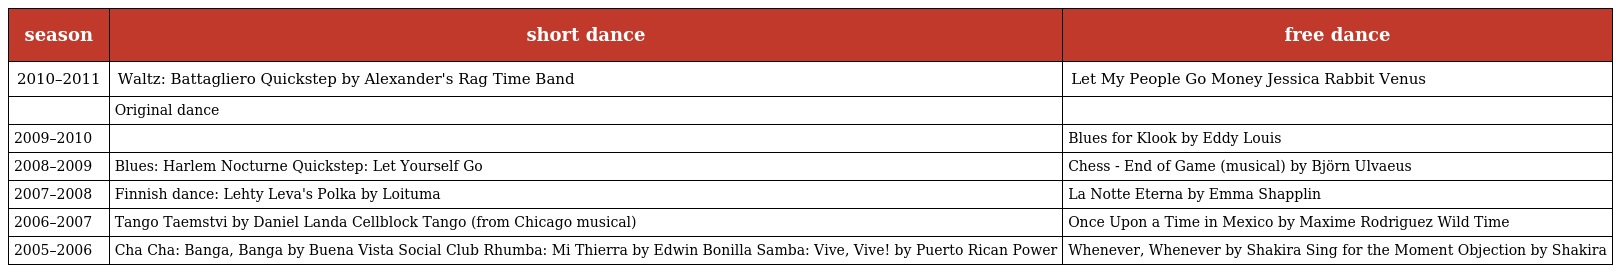
| season | short dance | free dance |
 | --- | --- | --- |
 | 2010–2011 | Waltz: Battagliero Quickstep by Alexander's Rag Time Band | Let My People Go Money Jessica Rabbit Venus |
 |  | Original dance |  |
 | 2009–2010 |  | Blues for Klook by Eddy Louis |
 | 2008–2009 | Blues: Harlem Nocturne Quickstep: Let Yourself Go | Chess - End of Game (musical) by Björn Ulvaeus |
 | 2007–2008 | Finnish dance: Lehty Leva's Polka by Loituma | La Notte Eterna by Emma Shapplin |
 | 2006–2007 | Tango Taemstvi by Daniel Landa Cellblock Tango (from Chicago musical) | Once Upon a Time in Mexico by Maxime Rodriguez Wild Time |
 | 2005–2006 | Cha Cha: Banga, Banga by Buena Vista Social Club Rhumba: Mi Thierra by Edwin Bonilla Samba: Vive, Vive! by Puerto Rican Power | Whenever, Whenever by Shakira Sing for the Moment Objection by Shakira |